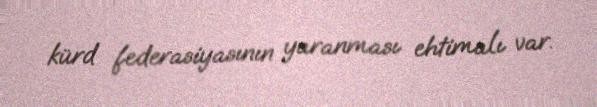
kürd federasiyasının yaranması ehtimalı var.